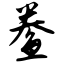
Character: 鲞